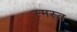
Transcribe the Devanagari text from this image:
स्मस्त